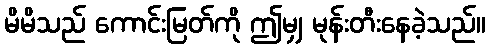
မိမိသည် ကောင်းမြတ်ကို ဤမျှ မုန်းတီးနေခဲ့သည်။